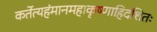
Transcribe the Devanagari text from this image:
कर्तेत्यहंमानमहाकृष्णाहिदंशितः